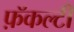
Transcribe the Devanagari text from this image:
फ़ॅकल्टी